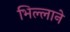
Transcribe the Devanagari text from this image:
भिल्लाने